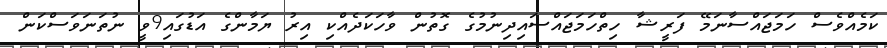
ކަމެއްވެސް ހަމަޖައްސާނަމޭ ފަރީޝާ ހިތްހަމަޖައްސައިދިނުމުގެ ގޮތުން ވާހަކަދެއްކި އިރު ޔަމާންގެ އަޑުގައި9ވީ ނުތަނަވަސްކަން